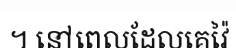
។ នៅពេលដែលគេវ៉ៃ